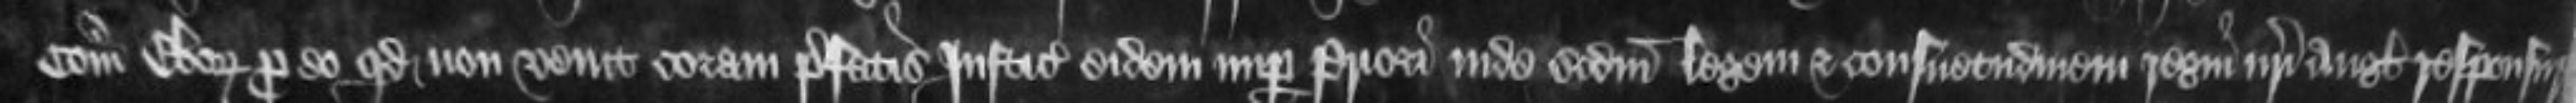
Comitatu Eboraci pro eo quod non venit coram prefatis Justiciariis eidem nuper Priori inde secundum legem et consuetudinem regni nostri Anglie responsurus